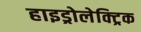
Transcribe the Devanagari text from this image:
हाइड्रोलेक्ट्रिक